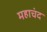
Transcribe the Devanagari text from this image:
महाचंद